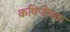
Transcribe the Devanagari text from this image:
कविपोषक